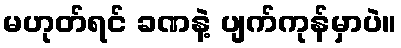
မဟုတ်ရင် ခဏနဲ့ ပျက်ကုန်မှာပဲ။